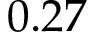
0 . 2 7